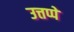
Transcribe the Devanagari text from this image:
उत्तप्पे